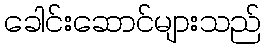
ခေါင်းဆောင်များသည်